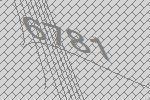
6781